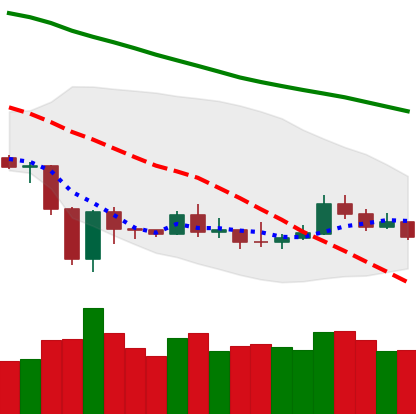
Ticker: ETH-USD
Chart end date: 2020-01-02
Forward return: 12.663%
Label: up_7plus